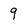
Character: 9